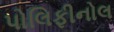
પોલિફીનોલ